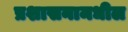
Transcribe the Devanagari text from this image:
प्रशासनामधील